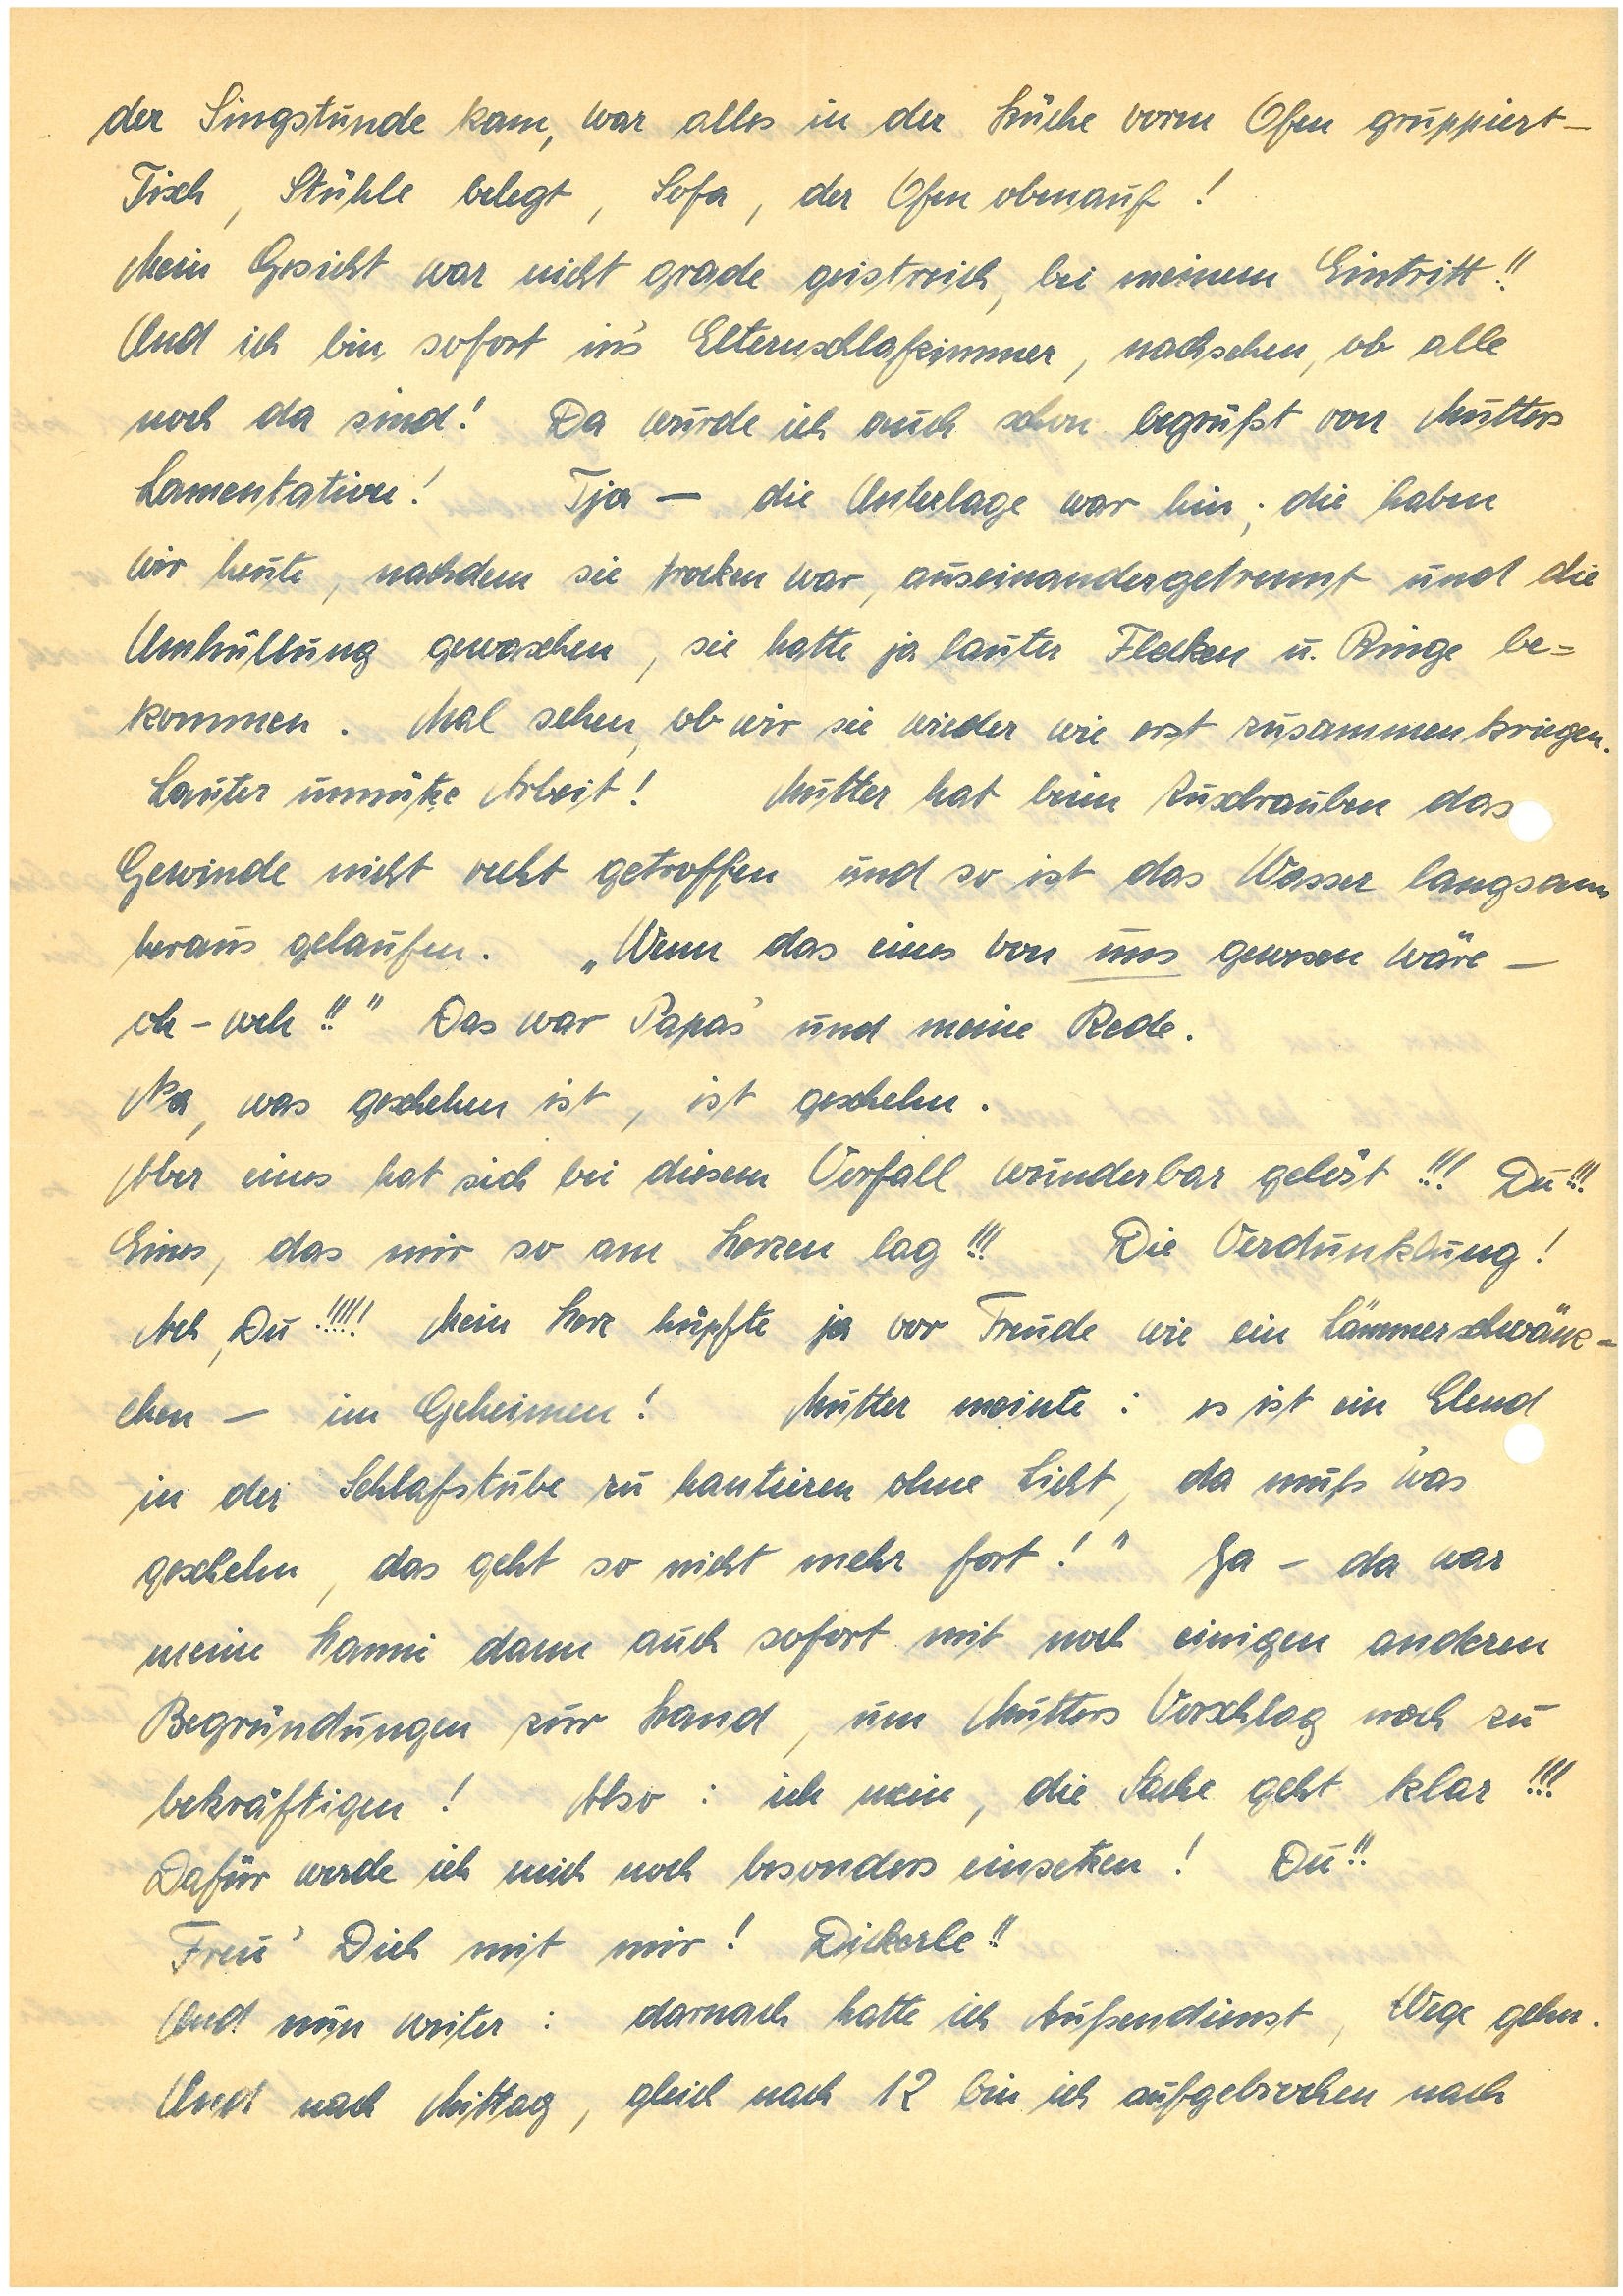
der Singstunde kam, war alles in der Küche vorm Ofen gruppiert –
Tisch, Stühle belegt, Sofa, der Ofen obenauf!
Mein Gesicht war nicht gerade geistreich, bei meinem Eintritt!!
Und ich bin sofort in’s Elternschlafzimmer, nachsehen, ob alle
noch da sind! Da wurde ich auch schon begrüßt von Mutters
Lamentation! Tja – die Unterlage war hin; die haben
wir heute, nachdem sie trocken war, auseinandergetrennt und die
Umhüllung gewaschen, sie hatte ja lauter Flecken und Ringe be¬
kommen. Mal sehen, ob wir sie wieder wie erst zusammen kriegen.
Lauter unnütze Arbeit! Mutter hat beim Zuschrauben das
Gewinde nicht recht getroffen und so ist das Wasser langsam
heraus gelaufen. „Wenn das einer von uns gewesen wäre –
oh-weh!!“ Das war Papa’s und meine Rede.
Na, was geschehen ist, ist geschehn.
Aber eines hat sich bei diesem Vorfall wunderbar gelöst!!! Du!!!
Eines, das mir so am Herzen lag!!! Die Verdunklung!
Ach, Du!!!!! Mein Herz hüpfte ja vor Freude wie ein Lämmerschwänz¬
chen – im Geheimen! Mutter meinte: “es ist ein Elend
in der Schlafstube zu hantieren ohne Licht, da muß ‘was
geschehn, das geht so nicht mehr fort!” Ja – da war
meine dann auch sofort mit noch einigen anderen
Begründungen zur Hand, um Mutters Vorschlag noch zu
bekräftigen! Also: ich mein die Sache geht klar!!!
Dafür werde ich mich noch besonders einsetzen! Du!!
Freu’ Dich mit mir! Dickerle!!
Und nun weiter: darnach hatte ich Außendienst, Wege gehn.
Und nach Mittag, gleich nach 12 bin ich aufgebrochen nach